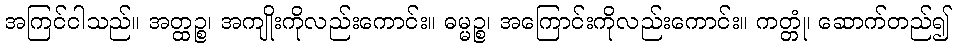
အကြင်ငါသည်။ အတ္ထဉ္စ၊ အကျိုးကိုလည်းကောင်း။ ဓမ္မဉ္စ၊ အကြောင်းကိုလည်းကောင်း။ ကတ္တုံ၊ ဆောက်တည်၍